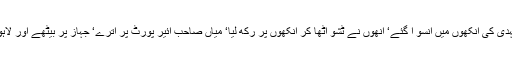
یہ سن کر سعید مہدی کی آنکھوں میں آنسو آ گئے‘ انھوں نے ٹشو اٹھا کر آنکھوں پر رکھ لیا‘ میاں صاحب ائیر پورٹ پر اترے‘ جہاز پر بیٹھے اور لاہور روانہ ہو گئے۔